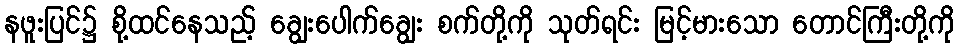
နဖူးပြင်၌ စို့ထင်နေသည့် ချွေးပေါက်ချွေး စက်တို့ကို သုတ်ရင်း မြင့်မားသော တောင်ကြီးတို့ကို